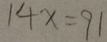
1 4 x = 9 1